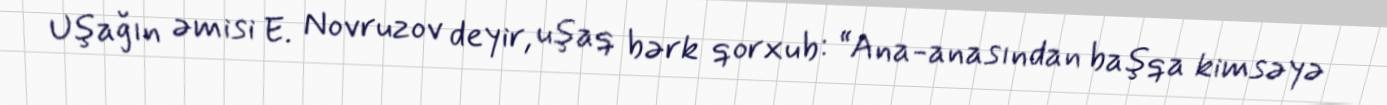
Uşağın əmisi E. Novruzov deyir, uşaq bərk qorxub: “Ana-anasından başqa kimsəyə